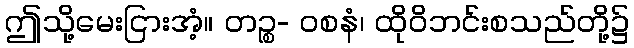
ဤသို့မေးငြားအံ့။ တဉ္စ- ဝစနံ၊ ထိုဝိဘင်းစသည်တို့၌